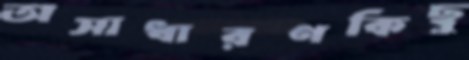
অসাধারণকিছু